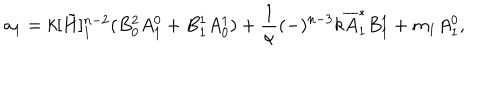
a _ { 1 } = k [ \tilde { H } ] _ { 1 } ^ { n - 2 } ( B _ { 0 } ^ { 2 } A _ { 1 } ^ { 0 } + B _ { 1 } ^ { 1 } A _ { 0 } ^ { 1 } ) + \frac { 1 } { \alpha } ( - ) ^ { n - 3 } k { \overline { { A } } } _ { 1 } ^ { * } B _ { 1 } ^ { 1 } + m _ { 1 } A _ { 1 } ^ { 0 } ,